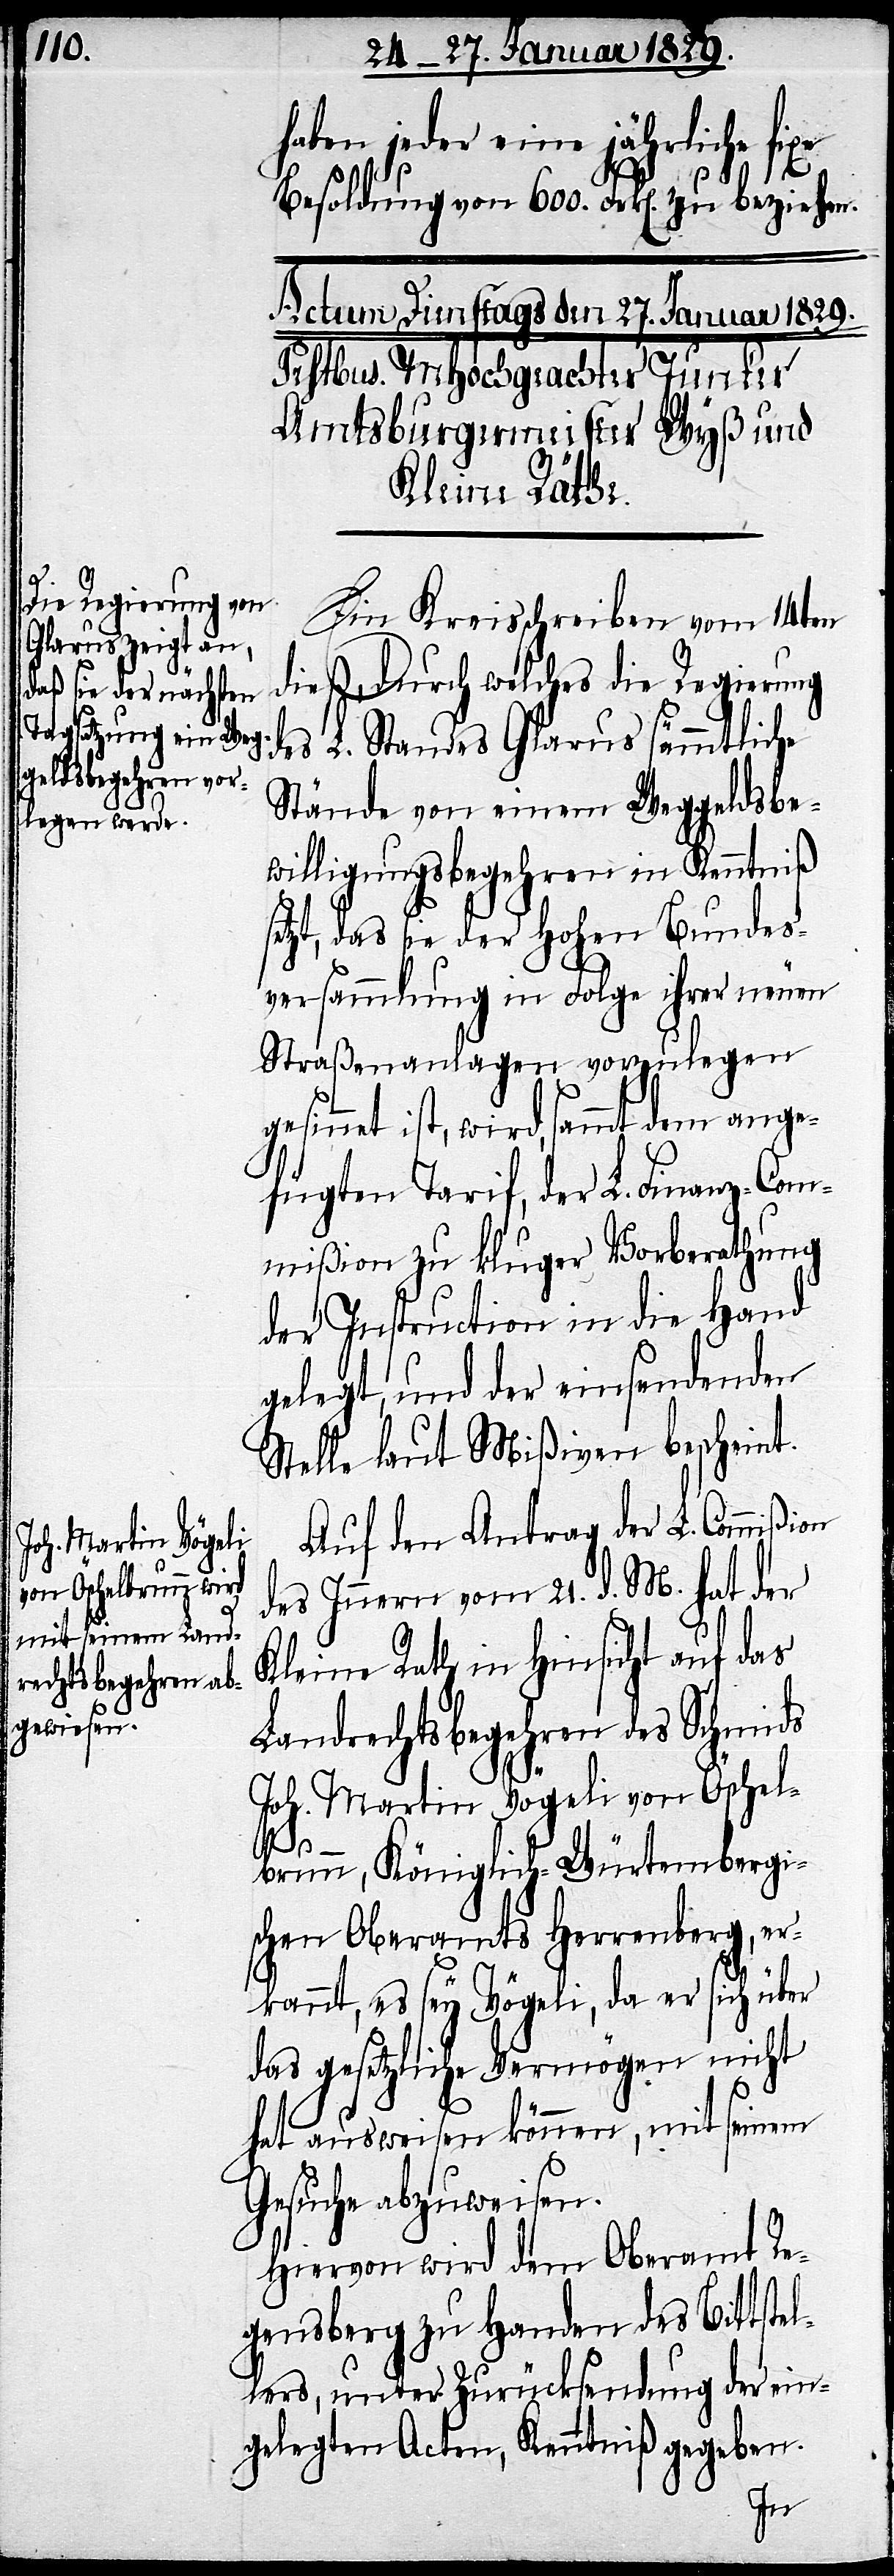
haben jeder eine jährliche fixe
Besoldung von 600. Frk[en]. zu beziehen.
Ein Kreisschreiben vom 14ten
dieß, durch welches die Regierung
des L. Standes Glarus sämmtliche
Stände von einem Weggeldsbe¬
willigungsbegehren in Kenntniß
setzt, daß sie der Hohen Bundes¬
versammlung in Folge ihrer neuen
Straßenanlagen vorzulegen
net ist, wird, sammt dem ange¬
fügten Tarif, der L. Finanz-Com¬
mißion zu kluger Vorberathung
der Instruction in die Hand
gelegt, und der einsendenden
Stelle laut Mißiven bescheint.
Auf den Antrag der L. Commißion
des Innern vom 21. d. M. hat der
Kleine Rath in Hinsicht auf das
gesin¬
Landrechtsbegehren des Schmids
Joh. Martin Vögeli von Öschel¬
brunn, Königlich-Würtembergi¬
schen Oberamts Herrenberg, er¬
kannt, es sey Vögeli, da er sich über
das gesetzliche Vermögen nicht
hat ausweisen können, mit seinem
Gesuche abzuweisen.
Hiervon wird dem Oberamt Re¬
gensberg zu Handen des Bittstel¬
lers, unter Zurücksendung der ein¬
gelegten Acten, Kenntniß gegeben.